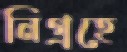
নিগ্রহে